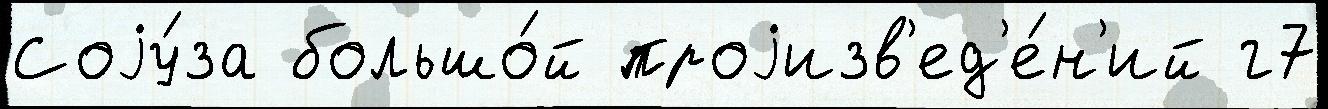
Соjу́за большо́й проjизв'ед'е́н'ий г7